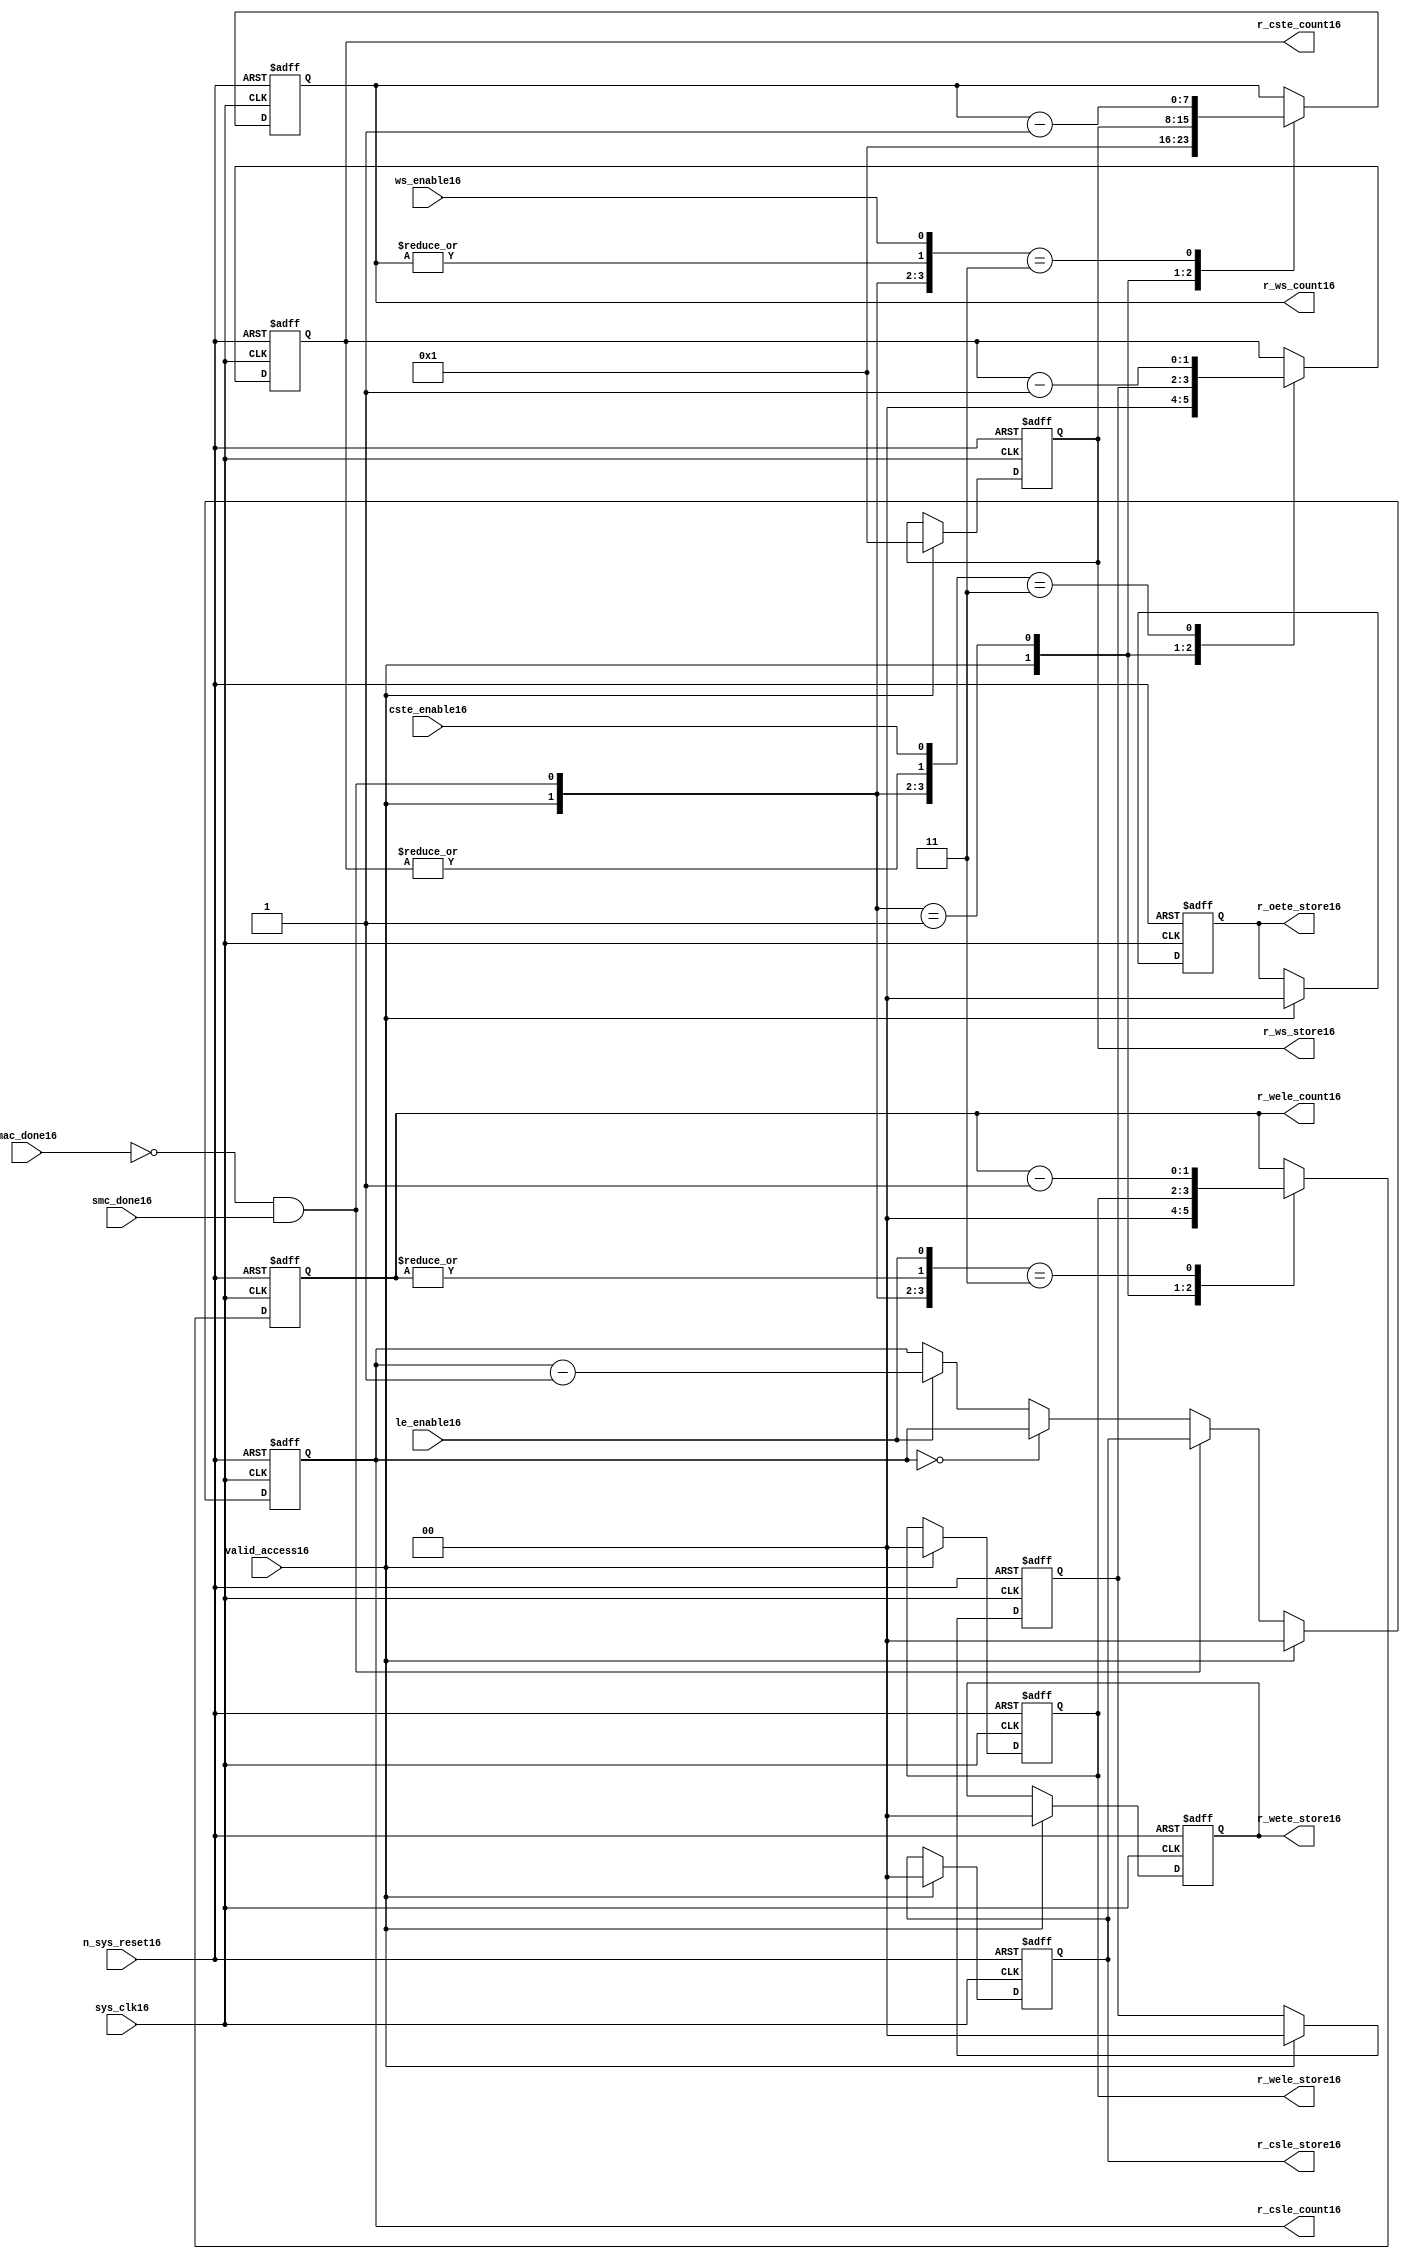
//File16 name   : smc_counter_lite16.v
//Title16       : 
//Created16     : 1999
//Description16 : Counter16 block.
//            : Static16 Memory Controller16.
//            : The counter block provides16 generates16 all cycle timings16
//            : The leading16 edge counts16 are individual16 2bit, loadable16,
//            : counters16. The wait state counter is a count down
//            : counter with a maximum size of 5 bits. The trailing16
//            : edge counts16 are registered for comparison16 with the
//            : wait state counter. The bus float16 (CSTE16) is a
//            : separate16 2bit counter. The initial count values are
//            : stored16 and reloaded16 into the counters16 if multiple
//            : accesses are required16.
//Notes16       : 
//----------------------------------------------------------------------
//   Copyright16 1999-2010 Cadence16 Design16 Systems16, Inc16.
//   All Rights16 Reserved16 Worldwide16
//
//   Licensed16 under the Apache16 License16, Version16 2.0 (the
//   "License16"); you may not use this file except16 in
//   compliance16 with the License16.  You may obtain16 a copy of
//   the License16 at
//
//       http16://www16.apache16.org16/licenses16/LICENSE16-2.0
//
//   Unless16 required16 by applicable16 law16 or agreed16 to in
//   writing, software16 distributed16 under the License16 is
//   distributed16 on an "AS16 IS16" BASIS16, WITHOUT16 WARRANTIES16 OR16
//   CONDITIONS16 OF16 ANY16 KIND16, either16 express16 or implied16.  See
//   the License16 for the specific16 language16 governing16
//   permissions16 and limitations16 under the License16.
//----------------------------------------------------------------------


module smc_counter_lite16  (
                     //inputs16

                     sys_clk16,
                     n_sys_reset16,
                     valid_access16,
                     mac_done16, 
                     smc_done16, 
                     cste_enable16, 
                     ws_enable16,
                     le_enable16, 

                     //outputs16

                     r_csle_count16,
                     r_wele_count16,
                     r_ws_count16,
                     r_ws_store16,
                     r_oete_store16,
                     r_wete_store16,
                     r_wele_store16,
                     r_cste_count16,
                     r_csle_store16);
   

//----------------------------------------------------------------------
// the Wait16 State16 Counter16
//----------------------------------------------------------------------
   
   
   // I16/O16
   
   input     sys_clk16;                  // AHB16 System16 clock16
   input     n_sys_reset16;              // AHB16 System16 reset (Active16 LOW16)
   
   input     valid_access16;             // load16 values are valid if high16
   input     mac_done16;                 // All cycles16 in a multiple access

   //  completed
   
   input                 smc_done16;   // one access completed
   input                 cste_enable16;// Enable16 CS16 Trailing16 Edge16 counter
   input                 ws_enable16;  // Enable16 Wait16 State16 counter
   input                 le_enable16;  // Enable16 all Leading16 Edge16 counters16
   
   // Counter16 outputs16
   
   output [1:0]             r_csle_count16;  //chip16 select16 leading16
                                             //  edge count
   output [1:0]             r_wele_count16;  //write strobe16 leading16 
                                             // edge count
   output [7:0] r_ws_count16;    //wait state count
   output [1:0]             r_cste_count16;  //chip16 select16 trailing16 
                                             // edge count
   
   // Stored16 counts16 for MAC16
   
   output [1:0]             r_oete_store16;  //read strobe16
   output [1:0]             r_wete_store16;  //write strobe16 trailing16 
                                              // edge store16
   output [7:0] r_ws_store16;    //wait state store16
   output [1:0]             r_wele_store16;  //write strobe16 leading16
                                             //  edge store16
   output [1:0]             r_csle_store16;  //chip16 select16  leading16
                                             //  edge store16
   
   
   // Counters16
   
   reg [1:0]             r_csle_count16;  // Chip16 select16 LE16 counter
   reg [1:0]             r_wele_count16;  // Write counter
   reg [7:0] r_ws_count16;    // Wait16 state select16 counter
   reg [1:0]             r_cste_count16;  // Chip16 select16 TE16 counter
   
   
   // These16 strobes16 finish early16 so no counter is required16. 
   // The stored16 value is compared with WS16 counter to determine16 
   // when the strobe16 should end.

   reg [1:0]    r_wete_store16;    // Write strobe16 TE16 end time before CS16
   reg [1:0]    r_oete_store16;    // Read strobe16 TE16 end time before CS16
   
   
   // The following16 four16 regisrers16 are used to store16 the configuration
   // during mulitple16 accesses. The counters16 are reloaded16 from these16
   // registers before each cycle.
   
   reg [1:0]             r_csle_store16;    // Chip16 select16 LE16 store16
   reg [1:0]             r_wele_store16;    // Write strobe16 LE16 store16
   reg [7:0] r_ws_store16;      // Wait16 state store16
   reg [1:0]             r_cste_store16;    // Chip16 Select16 TE16 delay
                                          //  (Bus16 float16 time)

   // wires16 used for meeting16 coding16 standards16
   
   wire         ws_count16;      //ORed16 r_ws_count16
   wire         wele_count16;    //ORed16 r_wele_count16
   wire         cste_count16;    //ORed16 r_cste_count16
   wire         mac_smc_done16;  //ANDed16 smc_done16 and not(mac_done16)
   wire [4:0]   case_cste16;     //concatenated16 signals16 for case statement16
   wire [4:0]   case_wele16;     //concatenated16 signals16 for case statement16
   wire [4:0]   case_ws16;       //concatenated16 signals16 for case statement16
   
   
   
   // Main16 Code16
   
//----------------------------------------------------------------------
// Counters16 (& Count16 Store16 for MAC16)
//----------------------------------------------------------------------


//----------------------------------------------------------------------
// WETE16 Store16
//----------------------------------------------------------------------

always @(posedge sys_clk16 or negedge n_sys_reset16)

begin   

   if (~(n_sys_reset16))
     
      r_wete_store16 <= 2'b00;
   
   
   else if (valid_access16)
     
      r_wete_store16 <= 2'b0;
   
   else
     
      r_wete_store16 <= r_wete_store16;

end
   
//----------------------------------------------------------------------
// OETE16 Store16
//----------------------------------------------------------------------

always @(posedge sys_clk16 or negedge n_sys_reset16)

begin   

   if (~(n_sys_reset16))
     
      r_oete_store16 <= 2'b00;
   
   
   else if (valid_access16)
     
      r_oete_store16 <= 2'b0;
   
   else

      r_oete_store16 <= r_oete_store16;

end
   
//----------------------------------------------------------------------
// CSLE16 Store16
//----------------------------------------------------------------------

always @(posedge sys_clk16 or negedge n_sys_reset16)

begin   

   if (~(n_sys_reset16))
     
      r_csle_store16 <= 2'b00;
   
   
   else if (valid_access16)
     
      r_csle_store16 <= 2'b00;
   
   else
     
      r_csle_store16 <= r_csle_store16;

end
   
//----------------------------------------------------------------------
// CSLE16 Counter16
//----------------------------------------------------------------------

always @(posedge sys_clk16 or negedge n_sys_reset16)

begin   

   if (~(n_sys_reset16))
     
      r_csle_count16 <= 2'b00;
   
   
   else
   begin
        
      if (valid_access16)
        
         r_csle_count16 <= 2'b00;
      
      else if (~(mac_done16) & smc_done16)
        
         r_csle_count16 <= r_csle_store16;
      
      else if (r_csle_count16 == 2'b00)
        
         r_csle_count16 <= r_csle_count16;
      
      else if (le_enable16)               
        
         r_csle_count16 <= r_csle_count16 - 2'd1;
      
      else
        
          r_csle_count16 <= r_csle_count16;
      
     end

end
   
   
//----------------------------------------------------------------------
// CSTE16 Store16
//----------------------------------------------------------------------

always @(posedge sys_clk16 or negedge n_sys_reset16)

begin   

   if (~(n_sys_reset16))

      r_cste_store16 <= 2'b00;

   else if (valid_access16)

      r_cste_store16 <= 2'b0;

   else

      r_cste_store16 <= r_cste_store16;

end
   
   
   
//----------------------------------------------------------------------
//concatenation16 of signals16 to avoid using nested16 ifs16
//----------------------------------------------------------------------

 assign mac_smc_done16 = (~(mac_done16) & smc_done16);
 assign cste_count16   = (|r_cste_count16);           //checks16 for count = 0
 assign case_cste16   = {1'b0,valid_access16,mac_smc_done16,cste_count16,
                       cste_enable16};
   
//----------------------------------------------------------------------
//CSTE16 COUNTER16
//----------------------------------------------------------------------

always @(posedge sys_clk16 or negedge n_sys_reset16)

begin   

   if (~(n_sys_reset16))

      r_cste_count16 <= 2'b00;

   else 
   begin
      casex(case_cste16)
           
        5'b1xxxx:        r_cste_count16 <= r_cste_count16;

        5'b01xxx:        r_cste_count16 <= 2'b0;

        5'b001xx:        r_cste_count16 <= r_cste_store16;

        5'b0000x:        r_cste_count16 <= r_cste_count16;

        5'b00011:        r_cste_count16 <= r_cste_count16 - 2'd1;

        default :        r_cste_count16 <= r_cste_count16;

      endcase // casex(w_cste_case16)
      
   end
   
end

//----------------------------------------------------------------------
// WELE16 Store16
//----------------------------------------------------------------------

always @(posedge sys_clk16 or negedge n_sys_reset16)

begin   

   if (~(n_sys_reset16))

      r_wele_store16 <= 2'b00;


   else if (valid_access16)

      r_wele_store16 <= 2'b00;

   else

      r_wele_store16 <= r_wele_store16;

end
   
   
   
//----------------------------------------------------------------------
//concatenation16 of signals16 to avoid using nested16 ifs16
//----------------------------------------------------------------------
   
   assign wele_count16   = (|r_wele_count16);         //checks16 for count = 0
   assign case_wele16   = {1'b0,valid_access16,mac_smc_done16,wele_count16,
                         le_enable16};
   
//----------------------------------------------------------------------
// WELE16 Counter16
//----------------------------------------------------------------------

always @(posedge sys_clk16 or negedge n_sys_reset16)

begin   
   if (~(n_sys_reset16))

      r_wele_count16 <= 2'b00;

   else
   begin

      casex(case_wele16)

        5'b1xxxx :  r_wele_count16 <= r_wele_count16;

        5'b01xxx :  r_wele_count16 <= 2'b00;

        5'b001xx :  r_wele_count16 <= r_wele_store16;

        5'b0000x :  r_wele_count16 <= r_wele_count16;

        5'b00011 :  r_wele_count16 <= r_wele_count16 - (2'd1);

        default  :  r_wele_count16 <= r_wele_count16;

      endcase // casex(case_wele16)

   end

end
   
//----------------------------------------------------------------------
// WS16 Store16
//----------------------------------------------------------------------

always @(posedge sys_clk16 or negedge n_sys_reset16)
  
begin   

   if (~(n_sys_reset16))

      r_ws_store16 <= 8'd0;


   else if (valid_access16)

      r_ws_store16 <= 8'h01;

   else

      r_ws_store16 <= r_ws_store16;

end
   
   
   
//----------------------------------------------------------------------
//concatenation16 of signals16 to avoid using nested16 ifs16
//----------------------------------------------------------------------
   
   assign ws_count16   = (|r_ws_count16); //checks16 for count = 0
   assign case_ws16   = {1'b0,valid_access16,mac_smc_done16,ws_count16,
                       ws_enable16};
   
//----------------------------------------------------------------------
// WS16 Counter16
//----------------------------------------------------------------------

always @(posedge sys_clk16 or negedge n_sys_reset16)

begin   

   if (~(n_sys_reset16))

      r_ws_count16 <= 8'd0;

   else  
   begin
   
      casex(case_ws16)
 
         5'b1xxxx :  
            r_ws_count16 <= r_ws_count16;
        
         5'b01xxx :
            r_ws_count16 <= 8'h01;
        
         5'b001xx :  
            r_ws_count16 <= r_ws_store16;
        
         5'b0000x :  
            r_ws_count16 <= r_ws_count16;
        
         5'b00011 :  
            r_ws_count16 <= r_ws_count16 - 8'd1;
        
         default  :  
            r_ws_count16 <= r_ws_count16;

      endcase // casex(case_ws16)
      
   end
   
end  
   
   
endmodule